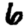
Digit: 6